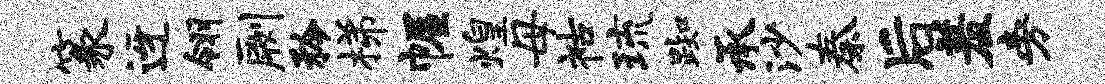
篆迓翎劂矜梯幄煌母祜琉踟承沙秦后羞旁